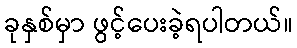
ခုနှစ်မှာ ဖွင့်ပေးခဲ့ရပါတယ်။